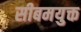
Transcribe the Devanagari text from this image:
सीबमयुक्त